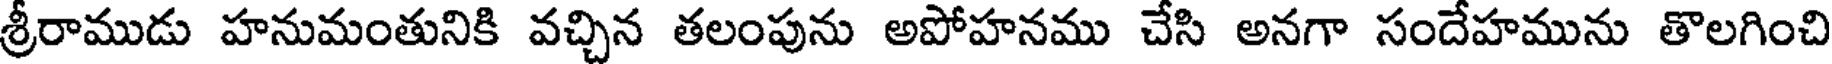
శ్రీరాముడు హనుమంతునికి వచ్చిన తలంపును అపోహనము చేసి అనగా సందేహమును తొలగించి